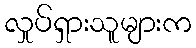
လှုပ်ရှားသူများက